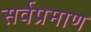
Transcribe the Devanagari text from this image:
सर्वप्रमाण